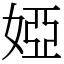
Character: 婭